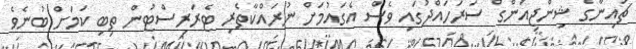
ޗައިނާގެ ޝިންޖިއަންގް ސަރަހައްދުގައި ވެސް އެގައުމަށް ނުރައްކާތެރި ޓެރަރިސްޓުން ތިބި ކަމަށް ބުނެވެ